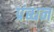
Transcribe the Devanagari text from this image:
प्रंब्धन